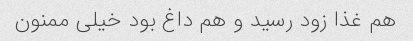
هم غذا زود رسید و هم داغ بود خیلی ممنون